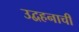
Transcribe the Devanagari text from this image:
उद्वहनाची